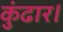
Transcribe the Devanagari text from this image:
कुंढार।